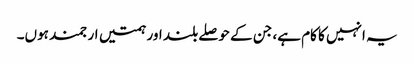
یہ انہیں کا کام ہے، جن کے حوصلے بلند اور ہمتیں ارجمند ہوں۔